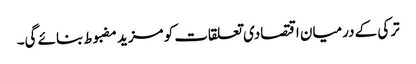
ترکی کے درمیان اقتصادی تعلقات کو مزید مضبوط بنائے گی۔